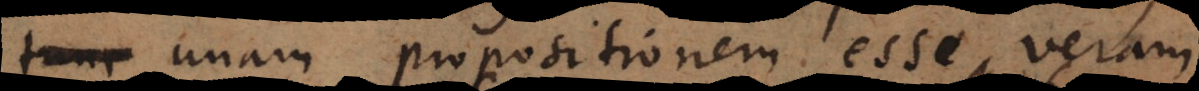
unam propositionem esse veram